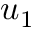
u _ { 1 }